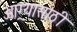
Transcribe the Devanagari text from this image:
आग्र्यासाठी